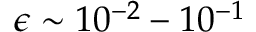
\epsilon \sim 1 0 ^ { - 2 } - 1 0 ^ { - 1 }